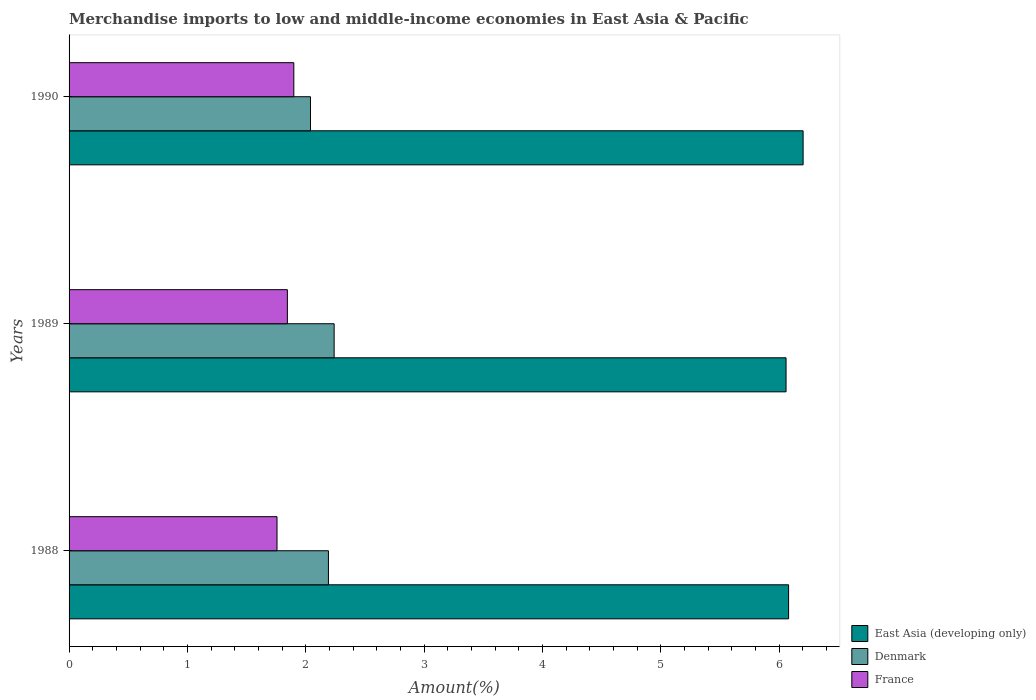
| Years | East Asia (developing only) | Denmark | France |
 | --- | --- | --- | --- |
 | 1988 | 6.08 | 2.19 | 1.76 |
 | 1989 | 6.06 | 2.24 | 1.84 |
 | 1990 | 6.2 | 2.04 | 1.9 |